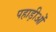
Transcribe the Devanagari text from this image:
पहाड़ीओं